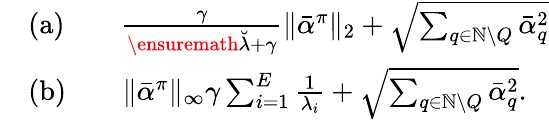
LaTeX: \begin{array}{rl}&{\mathrm{(a)}\qquad\frac{\gamma}{\ensuremath{\breve{\lambda}}+\gamma}\| \bar{\alpha}^{\pi}\| _{2}+\sqrt{\sum_{q\in\mathbb{N}\setminus Q}\bar{\alpha}_{q}^{2}}}\\ &{\mathrm{(b)}\qquad\| \bar{\alpha}^{\pi}\| _{\infty}\gamma\sum_{i=1}^{E}\frac{1}{\lambda_{i}}+\sqrt{\sum_{q\in\mathbb{N}\setminus Q}\bar{\alpha}_{q}^{2}}.}\end{array}